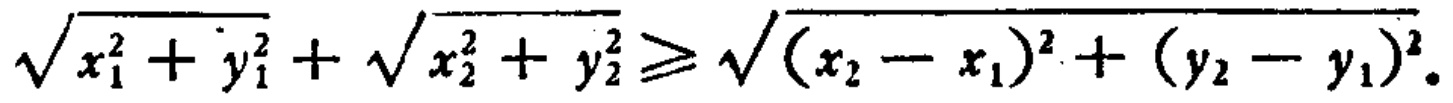
\(\sqrt{x_{1}^{2}+y_{1}^{2}}+\sqrt{x_{2}^{2}+y_{2}^{2}}\geqslant\sqrt{(x_{2}-x_{1})^{2}+(y_{2}-y_{1})^{2}}\)